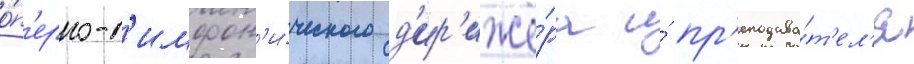
о́п'ерно-с'имфон'и́ческого д'ир'ижё́ра и́ пр'еподава́т'ел'я